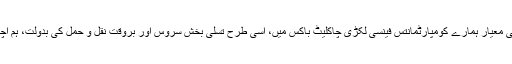
شاندار ڈیزائن اور اعلی معیار ہمارے کومپارٹمانتس فینسی لکڑی چاکلیٹ باکس میں، اسی طرح تسلی بخش سروس اور بروقت نقل و حمل کی بدولت، ہم اچھی ساکھ ملکیت ہے ۔